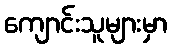
ကျောင်းသူများမှာ